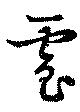
虐